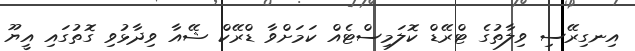
އިނގިރޭސި ވިލާތުގެ ޓްރޭޑް ކޮލަމިސްޓެއް ކަމަށްވާ ޑްރޭކް ޝޭއާ ވިދާޅުވި ގޮތުގައި އީޔޫ